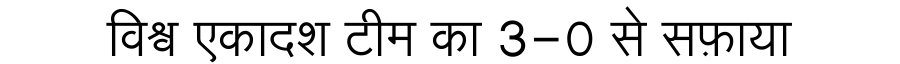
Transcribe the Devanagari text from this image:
विश्व एकादश टीम का 3-0 से सफ़ाया